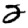
Digit: 2